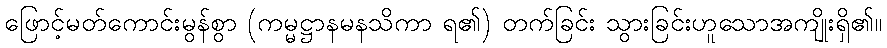
ဖြောင့်မတ်ကောင်းမွန်စွာ (ကမ္မဋ္ဌာနမနသိကာ ရ၏) တက်ခြင်း သွားခြင်းဟူသောအကျိုးရှိ၏။